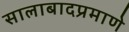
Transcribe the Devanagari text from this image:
सालाबादप्रमाणे